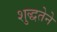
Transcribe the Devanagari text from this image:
शुद्धतेने